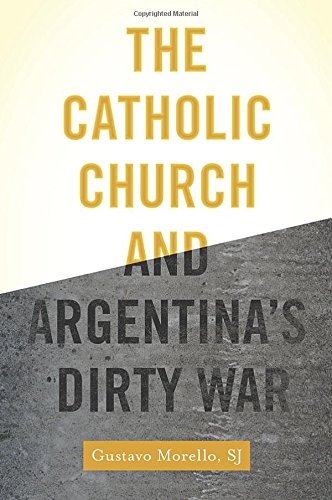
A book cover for The Catholic Church and Argentina's Dirty War; Gustavo Morello; History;